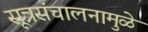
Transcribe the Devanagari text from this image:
सूत्रसंचालनामुळे